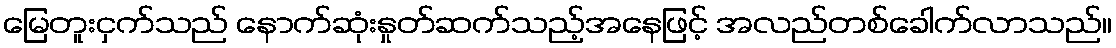
မြေတူးငှက်သည် နောက်ဆုံးနှုတ်ဆက်သည့်အနေဖြင့် အလည်တစ်ခေါက်လာသည်။